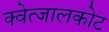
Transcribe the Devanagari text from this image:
क्वेत्जालकोट